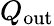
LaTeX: Q_{\mathrm{{out}}}